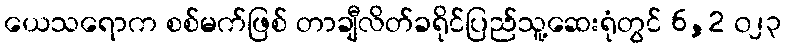
ယေသရောက စစ်မက်ဖြစ် တာချီလိတ်ခရိုင်ပြည်သူ့ဆေးရုံတွင် 6,2 ၀၂၃